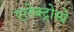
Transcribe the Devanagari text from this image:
एलेक्ट्रोस्प्रे